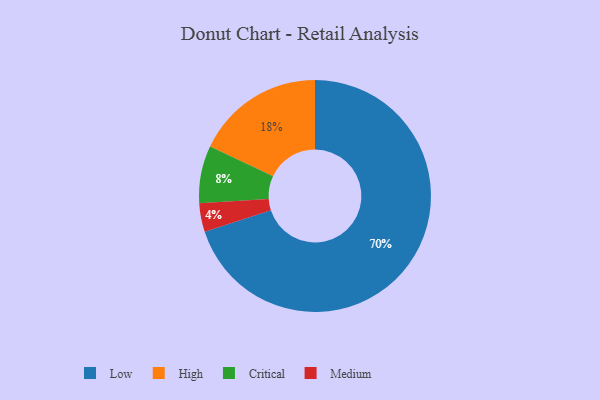
{"axis": {"x": "Category", "y": "Percentage"}, "legend": ["Critical", "High", "Low", "Medium"], "data": [{"x": "Critical", "y": 8, "type": "Critical"}, {"x": "Medium", "y": 4, "type": "Medium"}, {"x": "High", "y": 18, "type": "High"}, {"x": "Low", "y": 70, "type": "Low"}]}